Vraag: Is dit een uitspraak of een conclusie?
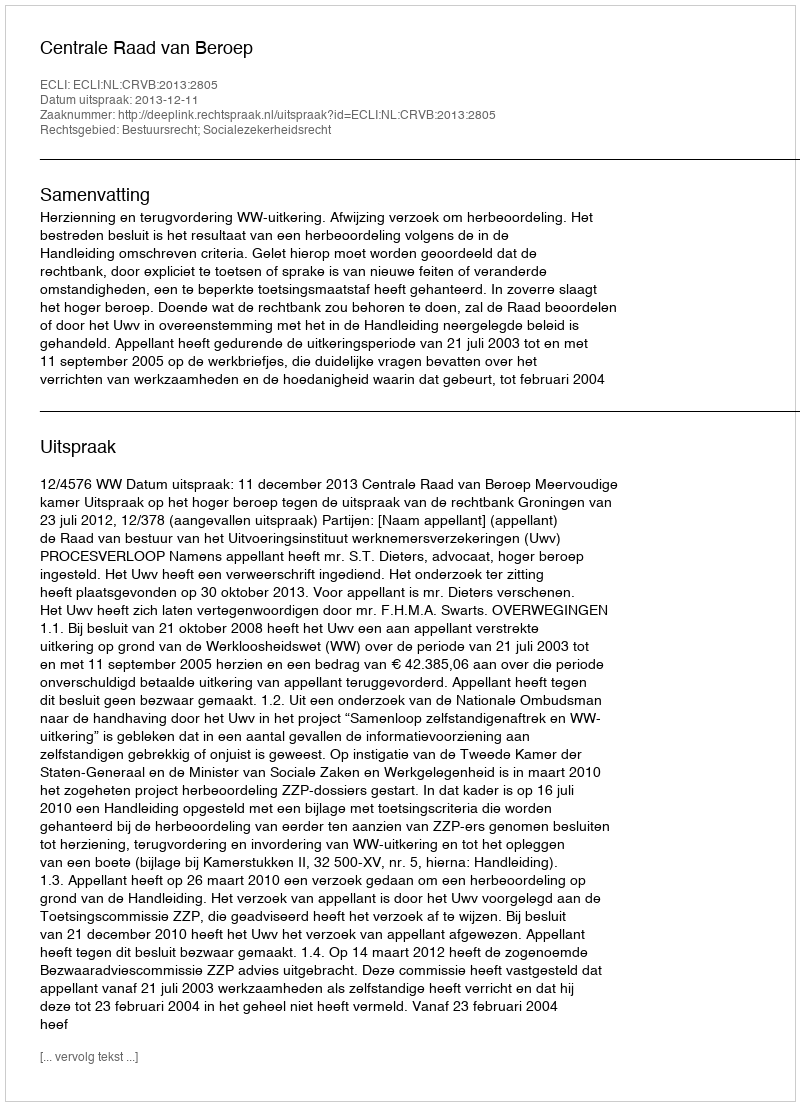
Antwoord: Uitspraak